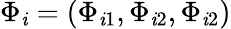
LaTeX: \Phi_{\mathit{i}}=(\Phi_{\mathit{i}1},\Phi_{\mathit{i}2},\Phi_{\mathit{i}2})